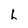
Character: L